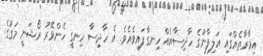
އިމާރާތެއްގައި އަލިފާނުގެ ހާދިސާއެއް ހިނގާފައިވެއެވެ. އެ ހާދިސާ ހިނގީ ހެންވޭރު ރޯޝަނީ މަގުގެ